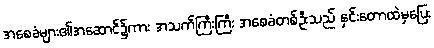
အစေခံများ၏အဆောင်၌ကား အသက်ကြီးကြီး အစေခံတစ်ဦးသည် နှင်းတောထဲမှပြေး